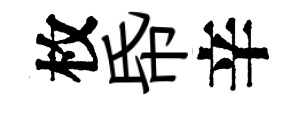
枚帋辛